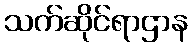
သက်ဆိုင်ရာဌာန